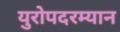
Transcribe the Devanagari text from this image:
युरोपदरम्यान